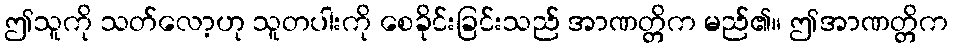
ဤသူကို သတ်လော့ဟု သူတပါးကို စေခိုင်းခြင်းသည် အာဏတ္တိက မည်၏။ ဤအာဏတ္တိက